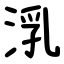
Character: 㳶